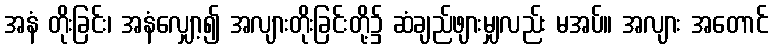
အနံ တိုးခြင်း၊ အနံလျှော့၍ အလျားတိုးခြင်းတို့၌ ဆံချည်ဖျားမျှလည်း မအပ်။ အလျား အတောင်